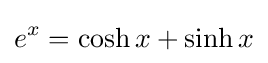
e^{x}=\cosh x+\sinh x